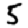
Digit: 5